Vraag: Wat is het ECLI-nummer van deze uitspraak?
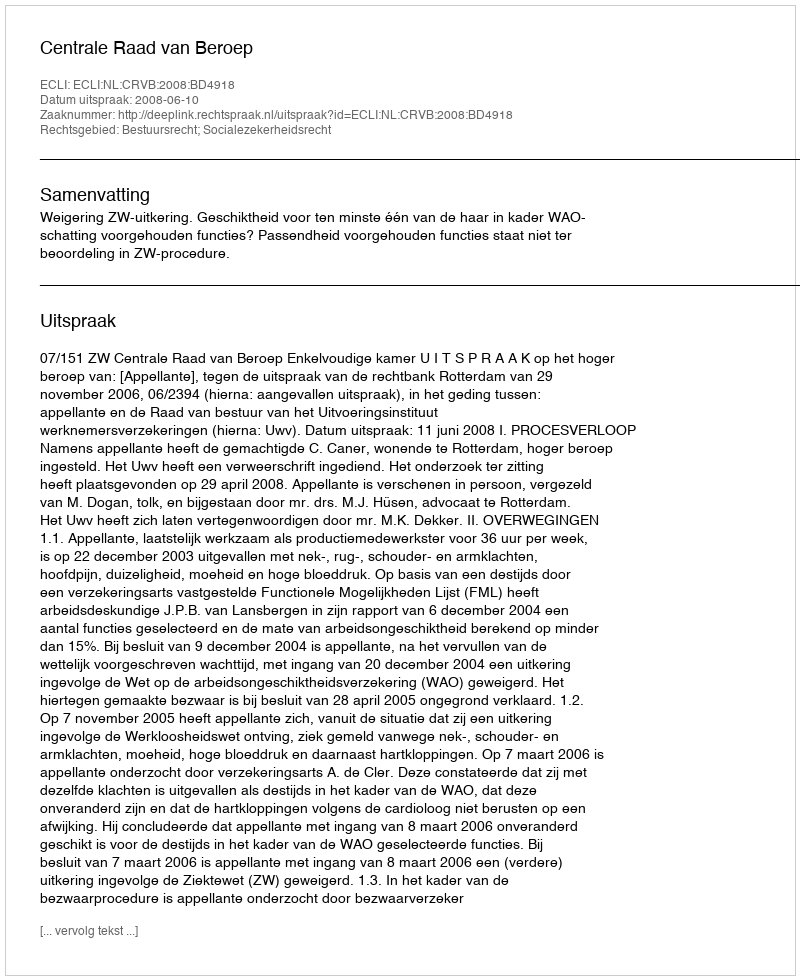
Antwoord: ECLI:NL:CRVB:2008:BD4918